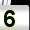
Digit: 5